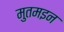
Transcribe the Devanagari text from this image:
मुतमइन